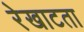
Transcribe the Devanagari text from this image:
रेखाटता